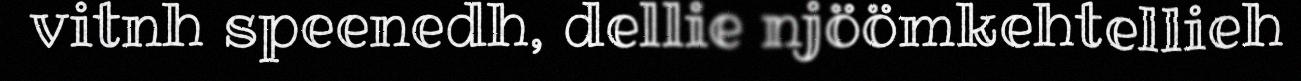
vitnh speenedh, dellie njöömkehtellieh